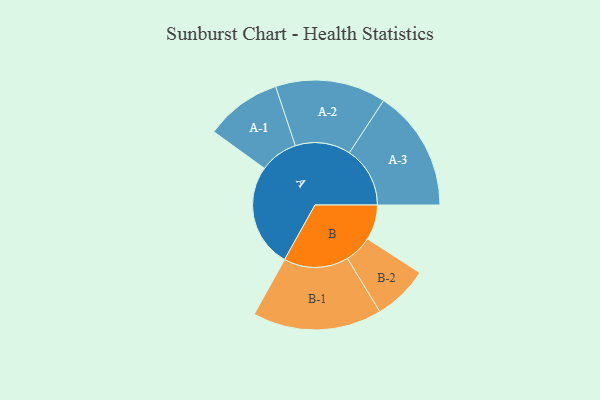
{"axis": {"x": "Segment", "y": "Value"}, "legend": ["", "A", "B"], "data": [{"x": "A", "y": 442, "type": ""}, {"x": "B", "y": 150, "type": ""}, {"x": "A-1", "y": 163, "type": "A"}, {"x": "A-2", "y": 236, "type": "A"}, {"x": "A-3", "y": 259, "type": "A"}, {"x": "B-1", "y": 276, "type": "B"}, {"x": "B-2", "y": 118, "type": "B"}]}